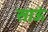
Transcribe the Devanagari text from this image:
साऊं